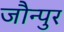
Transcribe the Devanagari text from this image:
जौन्पुर